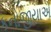
કનોજીયાએ